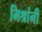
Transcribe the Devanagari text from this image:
मिश्रांनी